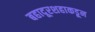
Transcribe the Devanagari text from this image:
बहादूरशहाकडून